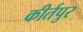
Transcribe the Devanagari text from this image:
कीर्तपुर